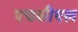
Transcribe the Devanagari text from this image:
एचसीएल